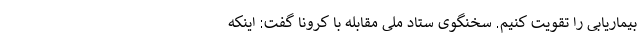
بیماریابی را تقویت کنیم. سخنگوی ستاد ملی مقابله با کرونا گفت: اینکه